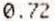
0.72